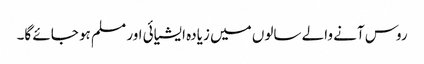
روس آنے والے سالوں میں زیادہ ایشیائی اور مسلم ہو جائے گا۔